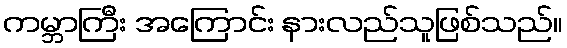
ကမ္ဘာကြီး အကြောင်း နားလည်သူဖြစ်သည်။